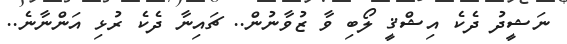
ނަޝީދު ދެކެ އިޝްޤީ ލޯބި ވާ ޒުވާނުން.. ޗައިނާ ދެކެ ރުޅި އަންނާނެ..